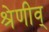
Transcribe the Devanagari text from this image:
श्रेणीव्